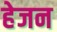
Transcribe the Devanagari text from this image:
हेजन